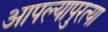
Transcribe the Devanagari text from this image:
आपल्यापुरत्या